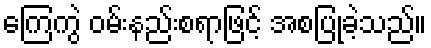
ကြေကွဲ ဝမ်းနည်းစရာဖြင့် အစပြုခဲ့သည်။